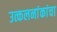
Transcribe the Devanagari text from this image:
उत्कलनांकांचा